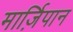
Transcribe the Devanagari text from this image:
मार्ज़िपान